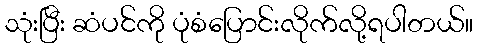
သုံးပြီး ဆံပင်ကို ပုံစံပြောင်းလိုက်လို့ရပါတယ်။